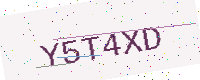
Text: Y5T4XD